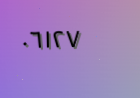
٠٦١٢٧